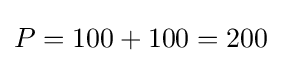
P=100+100=200